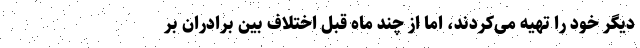
دیگر خود را تهیه می‌کردند، اما از چند ماه قبل اختلاف بین برادران بر